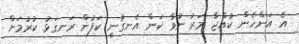
އެ އަންހެން ކުއްޖާ މަރު ނުވާ ކަން އެނގުނީ ކަފުން ރަނގަޅު ކުރުމަށް